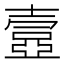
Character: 𡔾